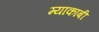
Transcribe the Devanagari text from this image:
म्याकाबी